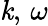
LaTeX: \mathit{k},\, \omega